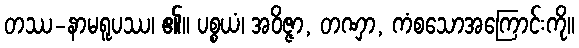
တဿ-နာမရူပဿ၊ ၏။ ပစ္စယံ၊ အဝိဇ္ဇာ, တဏှာ, ကံစသောအကြောင်းကို။